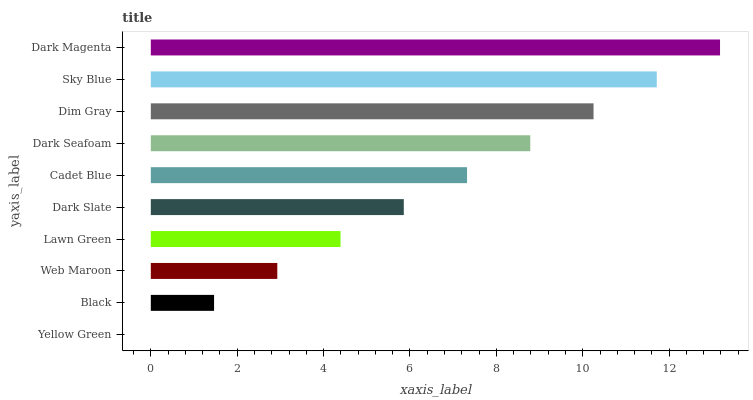
| yaxis_label | bars |
 | --- | --- |
 | Yellow Green | 0 |
 | Black | 1.46 |
 | Web Maroon | 2.93 |
 | Lawn Green | 4.39 |
 | Dark Slate | 5.86 |
 | Cadet Blue | 7.32 |
 | Dark Seafoam | 8.79 |
 | Dim Gray | 10.2 |
 | Sky Blue | 11.7 |
 | Dark Magenta | 13.2 |